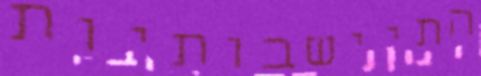
התיישבותיות